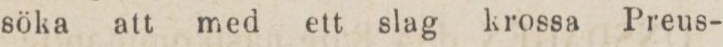
söka att med ett slag krossa Preus-